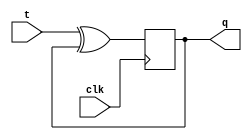
module t_latch (
    input t,
    input clk,
    output reg q
);

always @(posedge clk) begin
    q <= t ^ q; // Toggle the output based on the T input
end

endmodule